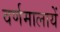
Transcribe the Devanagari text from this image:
वर्णमालायें